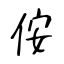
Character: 侒